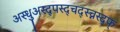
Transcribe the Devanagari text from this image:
अस्धुअस्द्पस्द्चद्स्च्नस्द्फ्